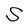
Character: S